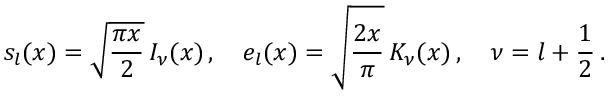
s _ { l } ( x ) = \sqrt { \frac { \pi x } { 2 } } \, I _ { \nu } ( x ) \, , \quad e _ { l } ( x ) = \sqrt { \frac { 2 x } { \pi } } \, K _ { \nu } ( x ) \, , \quad \nu = l + \frac { 1 } { 2 } \, .